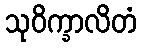
သုဝိက္ခာလိတံ